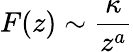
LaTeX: F(z)\sim{\frac{\kappa}{z^{a}}}